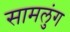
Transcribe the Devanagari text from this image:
सामलुंग